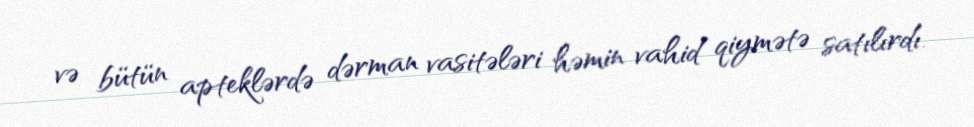
və bütün apteklərdə dərman vasitələri həmin vahid qiymətə satılırdı.